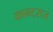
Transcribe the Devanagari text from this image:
कानटराज